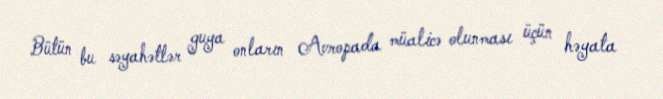
Bütün bu səyahətlər guya onların Avropada müalicə olunması üçün həyata